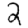
Digit: 2